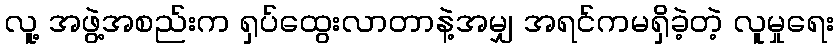
လူ့ အဖွဲ့အစည်းက ရှပ်ထွေးလာတာနဲ့အမျှ အရင်ကမရှိခဲ့တဲ့ လူမှုရေး